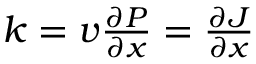
\begin{array} { r } { k = v { \frac { \partial P } { \partial x } } = { \frac { \partial J } { \partial x } } } \end{array}